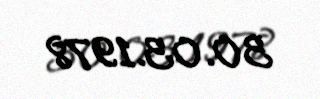
30.03.1978